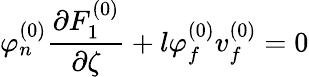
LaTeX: \varphi_{n}^{(0)}\frac{\partial F_{1}^{(0)}}{\partial\zeta}+l\varphi_{f}^{(0)}v_{f}^{(0)}=0